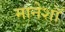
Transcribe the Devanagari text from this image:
मानेशॉ